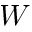
W